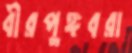
বীরপুঙ্গবরা